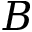
B